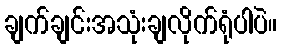
ချက်ချင်းအသုံးချလိုက်ရုံပါပဲ။